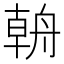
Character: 𰰎